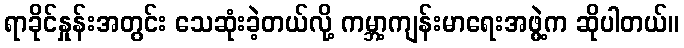
ရာခိုင်နှုန်းအတွင်း သေဆုံးခဲ့တယ်လို့ ကမ္ဘာ့ကျန်းမာရေးအဖွဲ့က ဆိုပါတယ်။